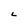
Character: L